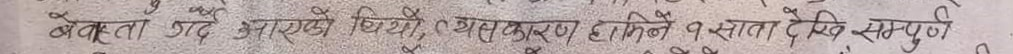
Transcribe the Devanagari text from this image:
नैवेद्यता पद आएको थियो । यसकारण हामिले १ सात देखि सम्पुर्ण